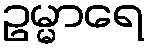
ဥမ္မာရေ